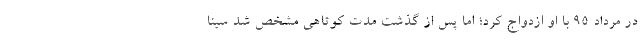
در مرداد ۹۵ با او ازدواج کرد؛ اما پس از گذشت مدت کوتاهی مشخص شد سینا